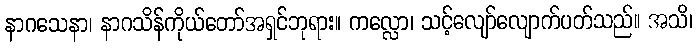
နာဂသေနာ၊ နာဂသိန်ကိုယ်တော်အရှင်ဘုရား။ ကလ္လော၊ သင့်လျော်လျောက်ပတ်သည်။ အသိ၊